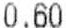
0.60